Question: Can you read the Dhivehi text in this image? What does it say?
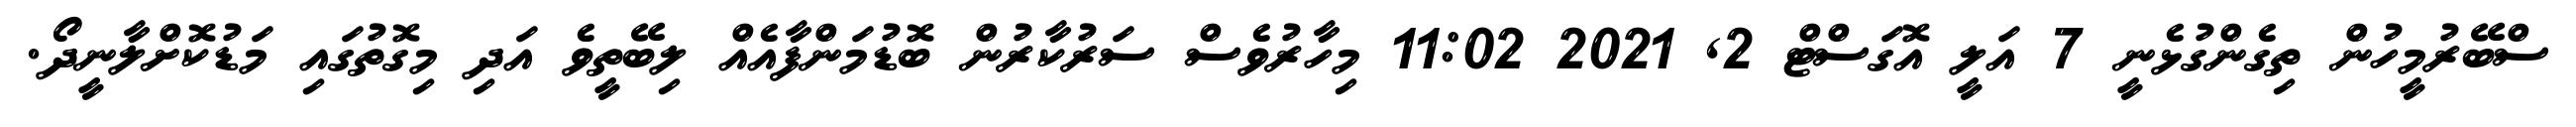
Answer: ސްބޭރުމީހުން ތިގެންގުޅެނީ 7 އަލީ އޮގަސްޓް 2, 2021 11:02 މިހާރުވެސް ސަރުކާރުން ބޮޑުމަންފާއެއް ލިބޭތީވެ އަދި މިގޮތުގައި މަޑުކޮށްލާނީދޯ.